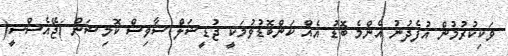
ވަކިކުރުމުން އުފެދުނު އެންމެ ބޮޑު އެއް ކަންބޮޑުވުމަކީ ޖުޑީޝަލް ސާވިސް ކޮމިޝަން )ޖޭއެސްސީ(